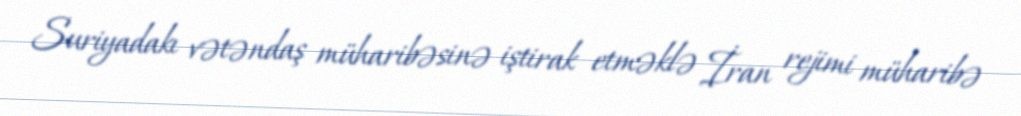
Suriyadakı vətəndaş müharibəsinə iştirak etməklə İran rejimi müharibə